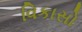
વિકાસો